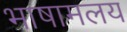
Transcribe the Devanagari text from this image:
भाषामलय